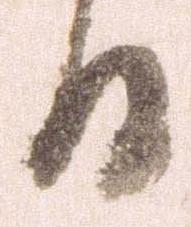
日